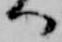
へ